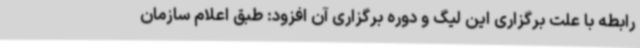
رابطه با علت برگزاری این لیگ و دوره برگزاری آن افزود: طبق اعلام سازمان